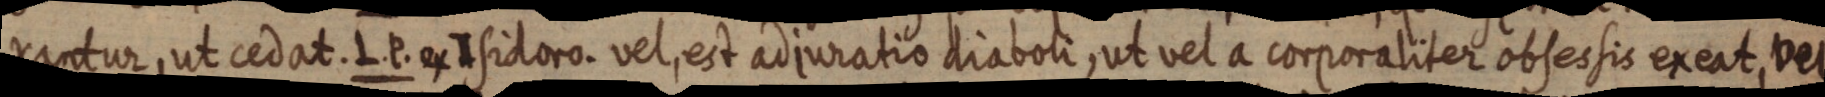
xantur, ut cedat. L. P. ex Isidoro. vel, est adjuratio diaboli, ut vel a corporaliter obsessis exeat, vel